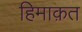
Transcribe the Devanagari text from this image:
हिमाक़त